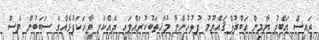
ރައީސް ޢަބްދު ޔާމިން ޢަބްދުލްޤައްޔޫމު ފުލުހުންނާ މުޚާތަބުކުރައްވައި ދެއްކެވި ވާހަކަފުޅެއްގެ ސަބަބުން ވެސް